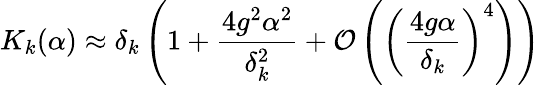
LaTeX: K_{k}(\alpha)\approx\delta_{k}\left(1+\frac{4g^{2}\alpha^{2}}{\delta_{k}^{2}}+\mathcal{O}\left(\left(\frac{4g\alpha}{\delta_{k}}\right)^{4}\right)\right)